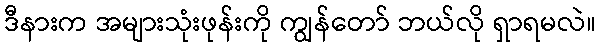
ဒီနားက အများသုံးဖုန်းကို ကျွန်တော် ဘယ်လို ရှာရမလဲ။